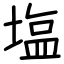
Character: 塩